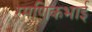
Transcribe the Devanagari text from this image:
रमणिकभाई